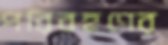
পরিবহণের